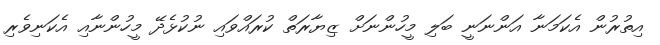
އިތުރުން އެކަމަނާ އަންނަނީ ބަލި މީހުންނަށް ޒިޔާރަތް ކުރައްވައި ނުކުޅެދޭ މީހުންނާއި އެކަނިވެރި